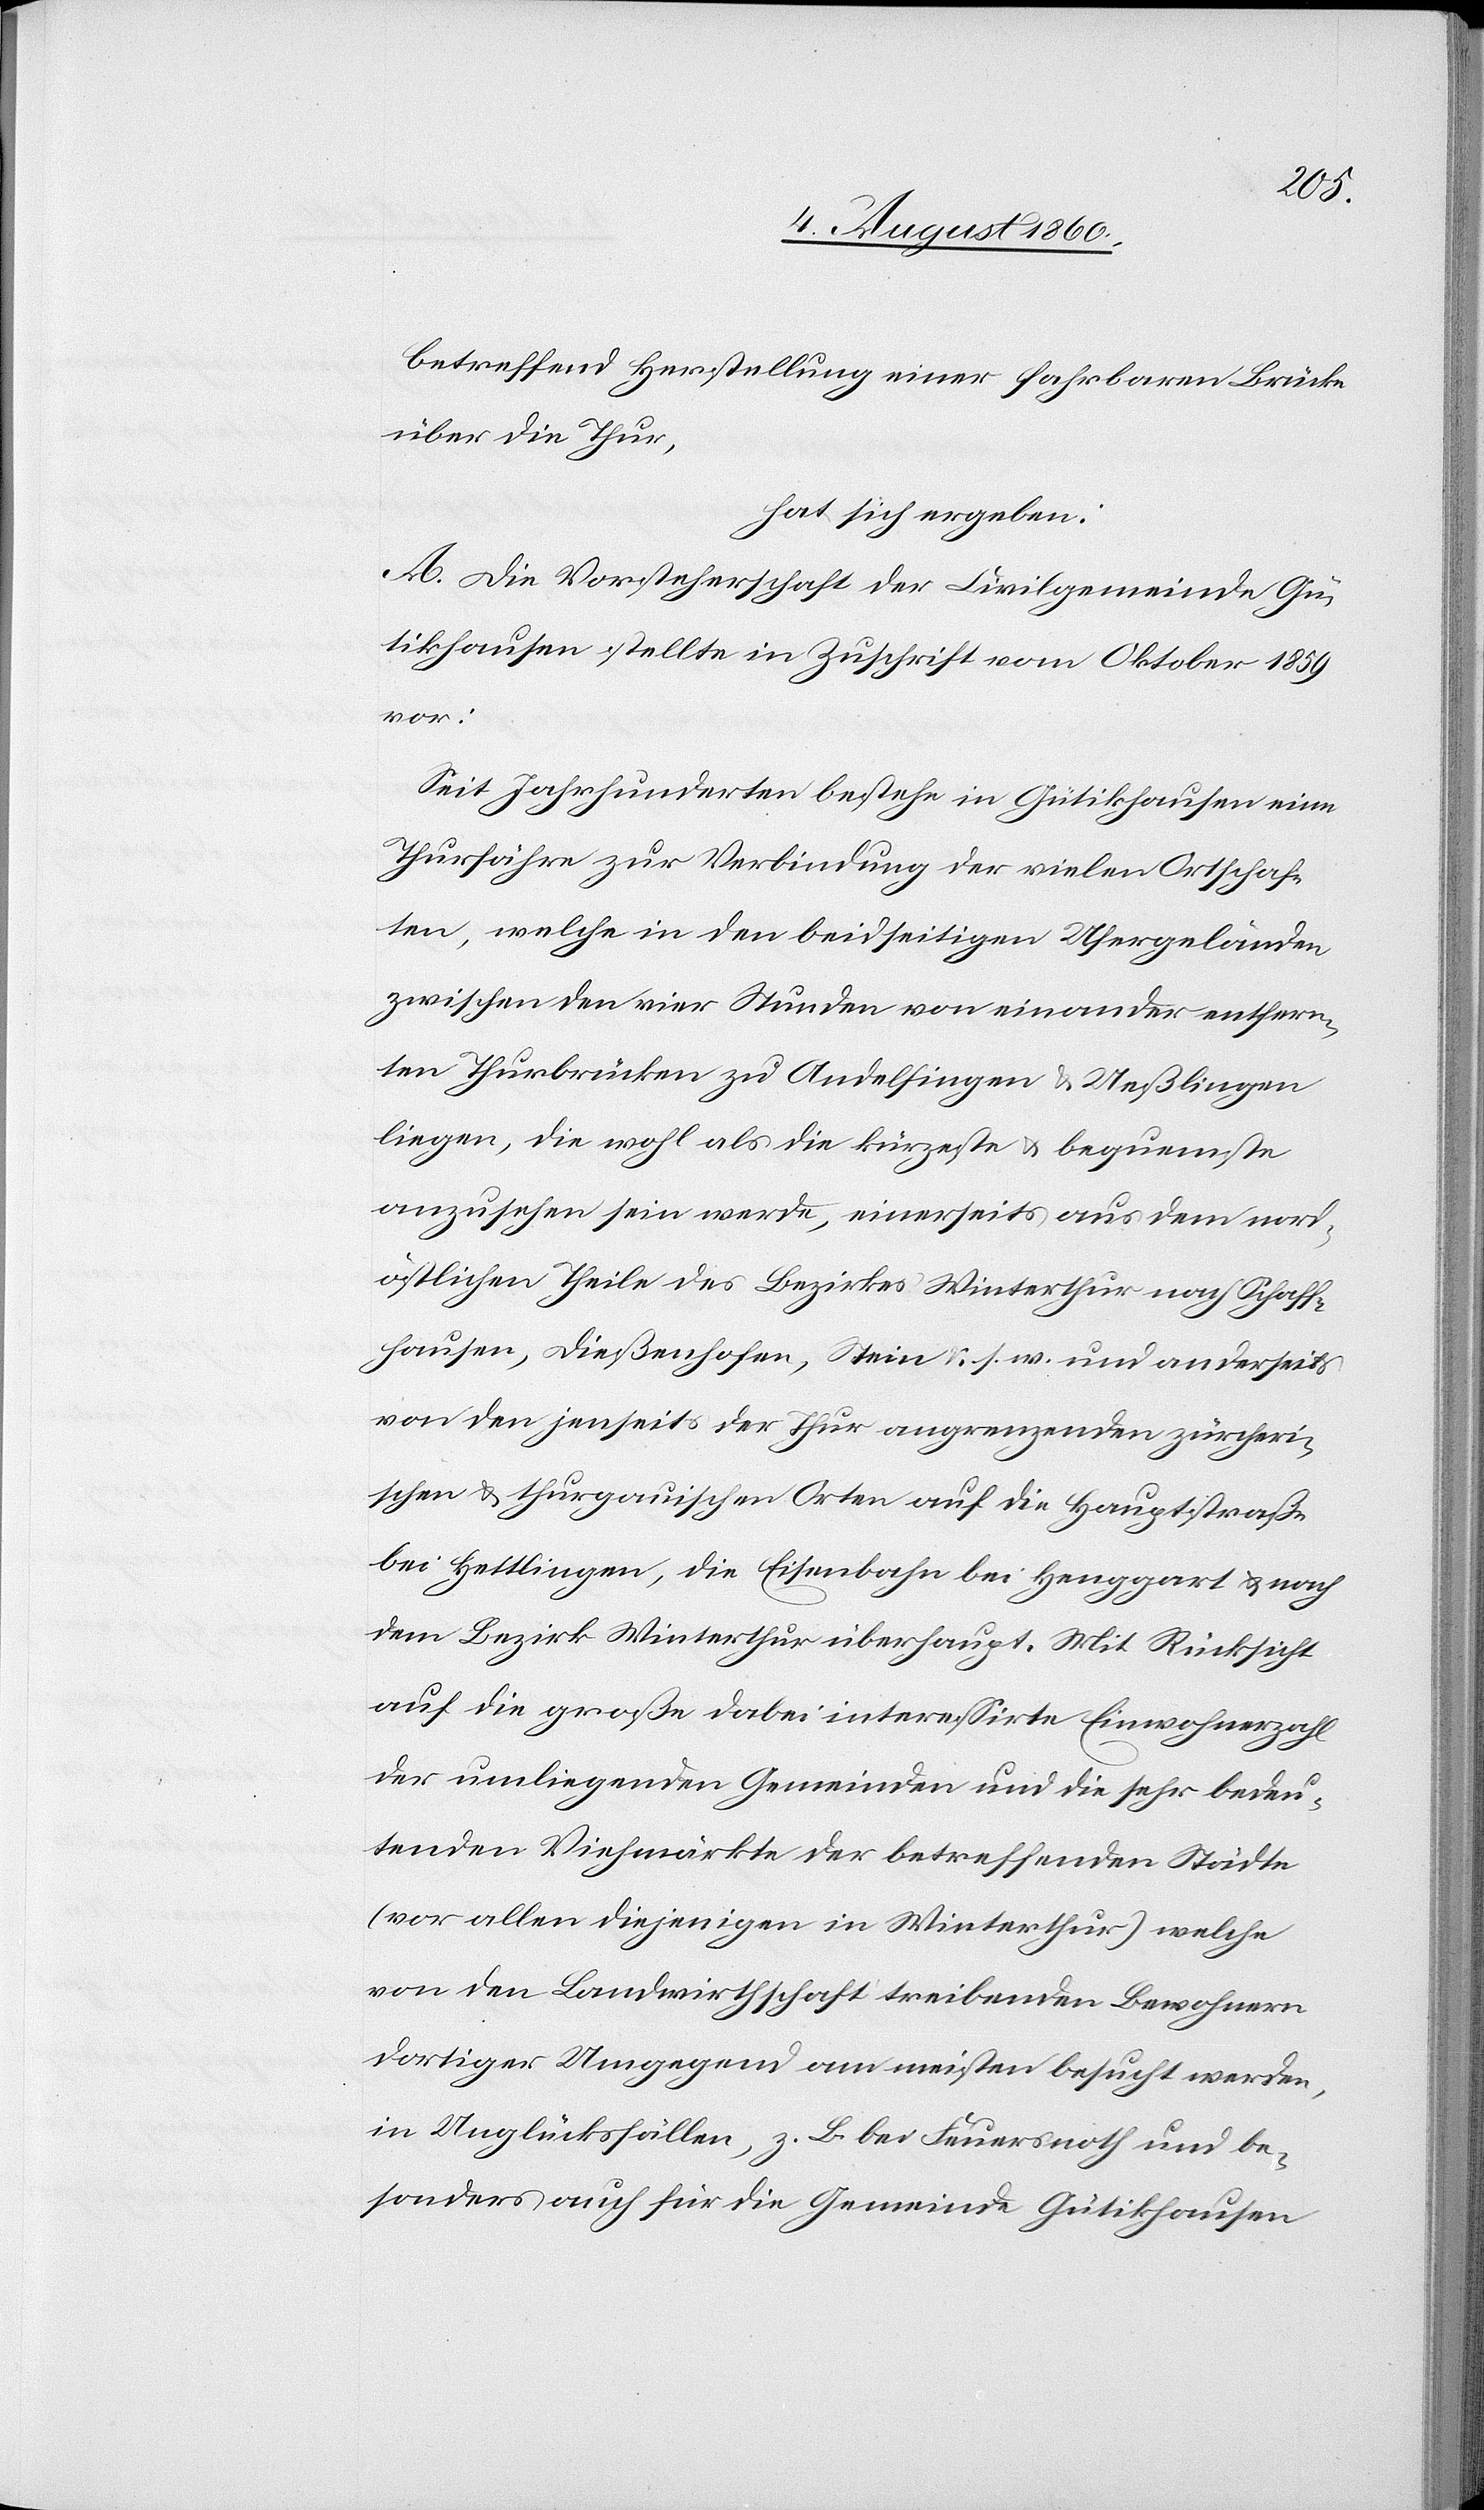
betreffend Herstellung einer fahrbaren Brücke
über die Thur,
hat sich ergeben:
A. Die Vorsteherschaft der Civilgemeinde Gü¬
tikhausen stellte in Zuschrift vom Weinmonat 1859
vor:
Seit Jahrhunderten bestehe in Gütikhausen eine
Thurfähre zur Verbindung der vielen Ortschaf¬
ten, welche in den beidseitigen Ufergeländen
zwischen den vier Stunden von einander entfern¬
ten Thurbrücken zu Andelfingen und Uesslingen
liegen, die wohl als die kürzeste und bequemste
anzusehen sein werde, einerseits aus dem nord¬
östlichen Theile des Bezirkes Winterthur nach Schaff¬
hausen, Diessenhofen, Stein u. s. w. und anderseits
von den jenseits der Thur angrenzenden zürcheri¬
schen und thurgauischen Orten auf die Hauptstrasse
bei Hettlingen, die Eisenbahn bei Henggart, und nach
dem Bezirk Winterthur überhaupt. Mit Rücksicht
auf die grosse dabei interessirte Einwohnerzahl
der umliegenden Gemeinden und die sehr bedeu¬
tenden Viehmärkte der betreffenden Städte
(vor allen diejenigen in Winterthur) welche
von den Landwirthschaft treibenden Bewohnern
dortiger Umgegend am meisten besucht werden,
in Unglücksfällen, z. B. bei Feuersnoth, und be¬
sondern auch für die Gemeinde Gütikhausen,